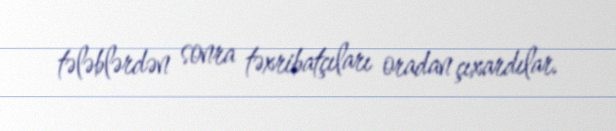
tələblərdən sonra təxribatçıları oradan çıxardılar.